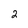
Character: 2